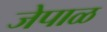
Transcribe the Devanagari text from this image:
जेपाळ